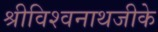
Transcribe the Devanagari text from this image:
श्रीविश्वनाथजीके